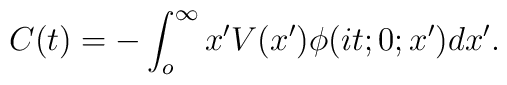
C(t)=-\int_{o}^{\infty}x'V(x')\phi(it;0;x')dx'.